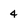
Character: 4